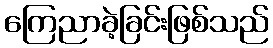
ကြေညာခဲ့ခြင်းဖြစ်သည်